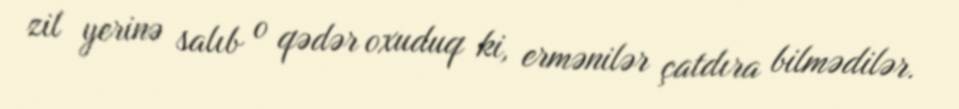
zil yerinə salıb o qədər oxuduq ki, ermənilər çatdıra bilmədilər.